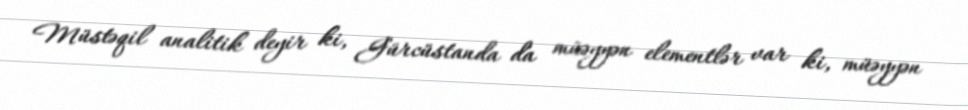
Müstəqil analitik deyir ki, Gürcüstanda da müəyyən elementlər var ki, müəyyən